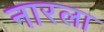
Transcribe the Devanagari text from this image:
नारला